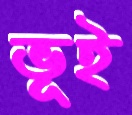
ভূই